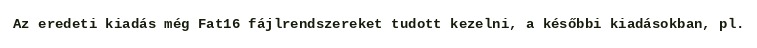
Az eredeti kiadás még Fat16 fájlrendszereket tudott kezelni, a későbbi kiadásokban, pl.